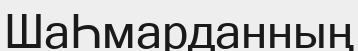
ШаҺмарданның